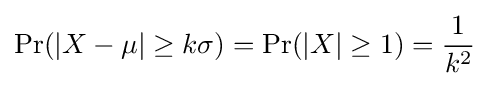
\Pr(|X-\mu |\geq k\sigma )=\Pr(|X|\geq 1)={\frac {1}{k^{2}}}